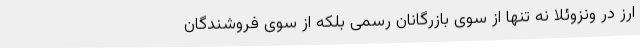
ارز در ونزوئلا نه تنها از سوی بازرگانان رسمی بلکه از سوی فروشندگان